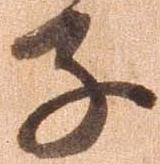
子